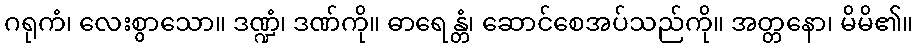
ဂရုကံ၊ လေးစွာသော။ ဒဏ္ဍံ၊ ဒဏ်ကို။ ဓာရေန္တံ၊ ဆောင်စေအပ်သည်ကို။ အတ္တနော၊ မိမိ၏။